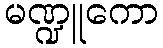
မဏ္ဍူကော